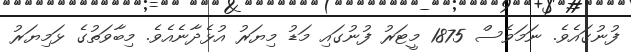
ފުނުގައެވެ. ނަމަވެސް 1875 މީޓަރު ފުނުގައި މަޑު މިޔަރު އުޅެދާނެއެވެ. މިބާވަތުގެ ޅަމިޔަރު